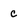
Character: c